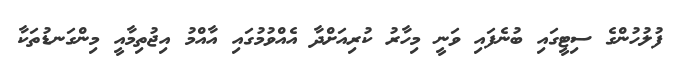
ފުލުހުންގެ ސިޓީގައި ބުނެފައި ވަނީ މިހާރު ކުރިއަށްދާ އެއްވުމުގައި އާއްމު އިޖުތިމާއީ މިންގަނޑުތަކާ